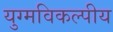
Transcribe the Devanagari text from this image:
युग्मविकल्पीय